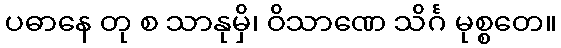
ပဓာနေ တု စ သာနုမှိ၊ ဝိသာဏေ သိင်္ဂ မုစ္စတေ။